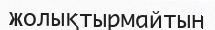
жолықтырмайтын